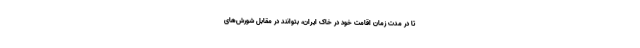
تا در مدت زمان اقامت خود در خاک ایران، بتوانند در مقابل شورش‌های